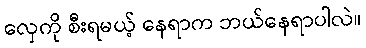
လှေကို စီးရမယ့် နေရာက ဘယ်နေရာပါလဲ။